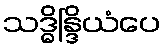
သဒ္ဓိန္ဒြိယံပေ